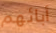
أبائهم